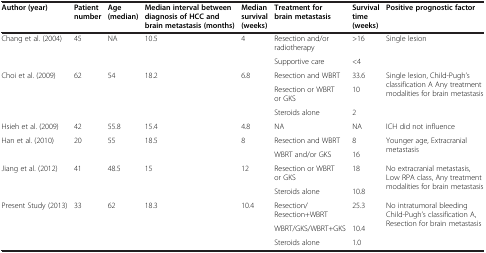
<table><thead><tr><td><b>Author (year)</b></td><td><b>Patient number</b></td><td><b>Age (median)</b></td><td><b>Median interval between diagnosis of HCC and brain metastasis (months)</b></td><td><b>Median survival (weeks)</b></td><td><b>Treatment for brain metastasis</b></td><td><b>Survival time (weeks)</b></td><td><b>Positive prognostic factor</b></td></tr></thead><tbody><tr><td rowspan="2">Chang et al. (2004)</td><td rowspan="2">45</td><td rowspan="2">NA</td><td rowspan="2">10.5</td><td rowspan="2">4</td><td>Resection and/or radiotherapy</td><td>&gt;16</td><td rowspan="2">Single lesion</td></tr><tr><td>Supportive care</td><td>&lt;4</td></tr><tr><td rowspan="3">Choi et al. (2009)</td><td rowspan="3">62</td><td rowspan="3">54</td><td rowspan="3">18.2</td><td rowspan="3">6.8</td><td>Resection and WBRT</td><td>33.6</td><td rowspan="3">Single lesion, Child-Pugh’s classification A Any treatment modalities for brain metastasis</td></tr><tr><td>Resection or WBRT or GKS</td><td>10</td></tr><tr><td>Steroids alone</td><td>2</td></tr><tr><td>Hsieh et al. (2009)</td><td>42</td><td>55.8</td><td>15.4</td><td>4.8</td><td>NA</td><td>NA</td><td>ICH did not influence</td></tr><tr><td rowspan="2">Han et al. (2010)</td><td rowspan="2">20</td><td rowspan="2">55</td><td rowspan="2">18.5</td><td rowspan="2">8</td><td>Resection and WBRT</td><td>8</td><td rowspan="2">Younger age, Extracranial metastasis</td></tr><tr><td>WBRT and/or GKS</td><td>16</td></tr><tr><td rowspan="2">Jiang et al. (2012)</td><td rowspan="2">41</td><td rowspan="2">48.5</td><td rowspan="2">15</td><td rowspan="2">12</td><td>Resection or WBRT or GKS</td><td>18</td><td rowspan="2">No extracranial metastasis, Low RPA class, Any treatment modalities for brain metastasis</td></tr><tr><td>Steroids alone</td><td>10.8</td></tr><tr><td rowspan="3">Present Study (2013)</td><td rowspan="3">33</td><td rowspan="3">62</td><td rowspan="3">18.3</td><td rowspan="3">10.4</td><td>Resection/Resection+WBRT</td><td>25.3</td><td rowspan="3">No intratumoral bleeding Child-Pugh’s classification A, Resection for brain metastasis</td></tr><tr><td>WBRT/GKS/WBRT+GKS</td><td>10.4</td></tr><tr><td>Steroids alone</td><td>1.0</td></tr></tbody></table>